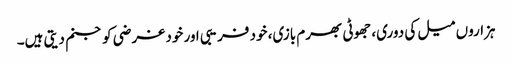
ہزاروں میل کی دوری، جھوٹی بھرم بازی، خود فریبی اور خود غرضی کو جنم دیتی ہیں۔